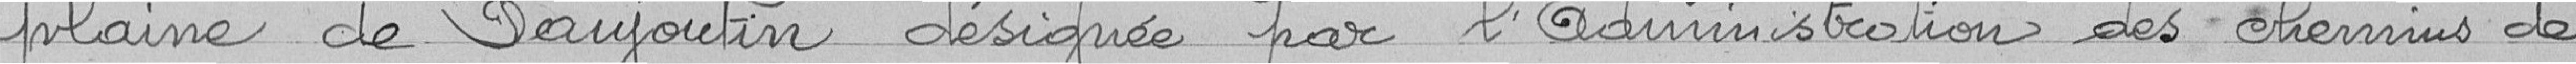
plaine de Danjoutin désignée par l'administration des chemins de